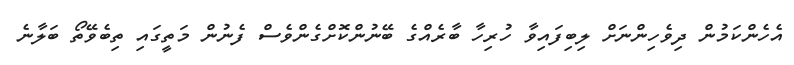
އެހެންކަމުން ދިވެހިންނަށް ލިބިފައިވާ ހުރިހާ ބާރެއްގެ ބޭނުންކޮށްގެންވެސް ފެނުން މަތީގައި ތިބެވޭތޯ ބަލާނެ